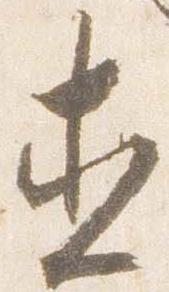
直